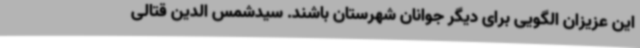
این عزیزان الگویی برای دیگر جوانان شهرستان باشند. سیدشمس الدین قتالی